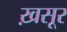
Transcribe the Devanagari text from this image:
ख़सूर